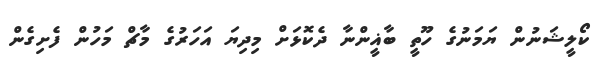
ކޯލީޝަނުން ޔަމަނުގެ ހޫތީ ބާޣީންނާ ދެކޮޅަށް މިދިޔަ އަހަރުގެ މާޗް މަހުން ފެށިގެން